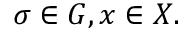
\sigma \in G , x \in X .